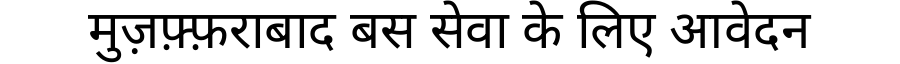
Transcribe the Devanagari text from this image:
मुज़फ़्फ़राबाद बस सेवा के लिए आवेदन